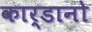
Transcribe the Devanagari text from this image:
कार्डानो